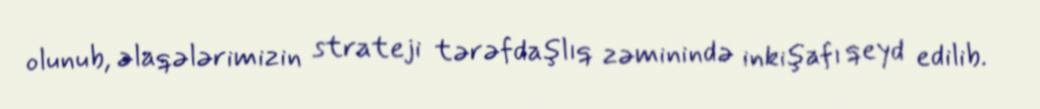
olunub, əlaqələrimizin strateji tərəfdaşlıq zəminində inkişafı qeyd edilib.